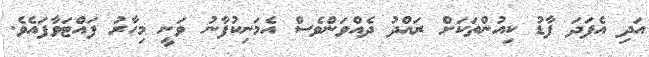
އަދި އެފަދަ ފާޑު ކިއުންތަކަށް ރައްދު ދެއްވަންވެސް އެމަނިކުފާނު ވަނީ މިހާރު ފައްޓަވާފައެވެ.